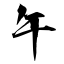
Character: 午